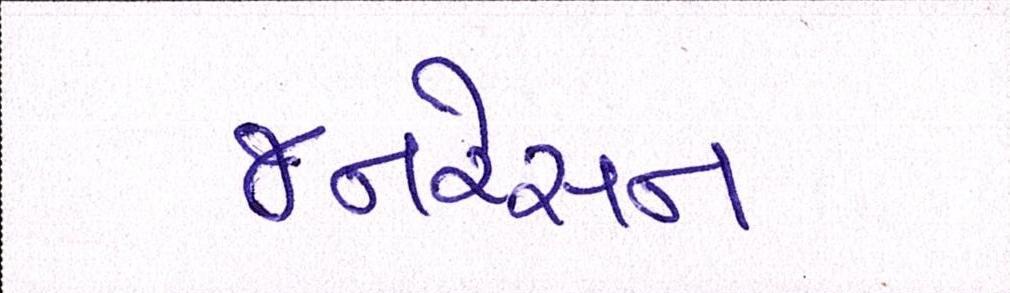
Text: જનરેશન